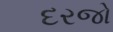
દરજો